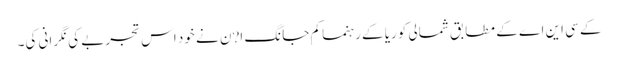
کے سی این اے کے مطابق شمالی کوریا کے رہنما کم جانگ ا?ن نے خود اس تجربے کی نگرانی کی۔